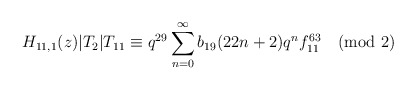
\begin{align*}H_{11,1}(z)|T_2|T_{11}\equiv q^{29}\sum_{n=0}^{\infty}b_{19}(22n+2)q^{n}f^{63}_{11}\pmod{2}\end{align*}